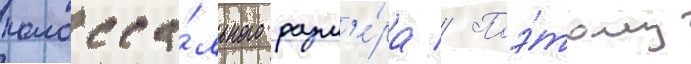
колосса́льного разм'е́ра // Поэ́тому